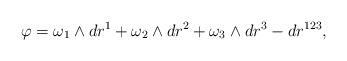
LaTeX: \begin{align*}\varphi=\omega_1\wedge dr^1+\omega_2\wedge dr^2+\omega_3\wedge dr^3-dr^{123},\end{align*}